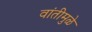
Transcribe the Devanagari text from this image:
वांतीमुळे